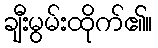
ချီးမွမ်းထိုက်၏။